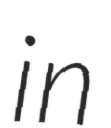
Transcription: in